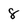
Character: 8